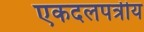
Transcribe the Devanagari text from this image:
एकदलपत्रीय